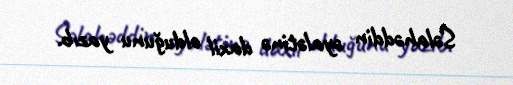
Səlahəddin əyalətinə daxil olduğunu yazıb.